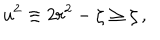
u ^ { 2 } \equiv 2 r ^ { 2 } - \zeta \geq \zeta \, ,